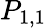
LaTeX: P_{1,1}